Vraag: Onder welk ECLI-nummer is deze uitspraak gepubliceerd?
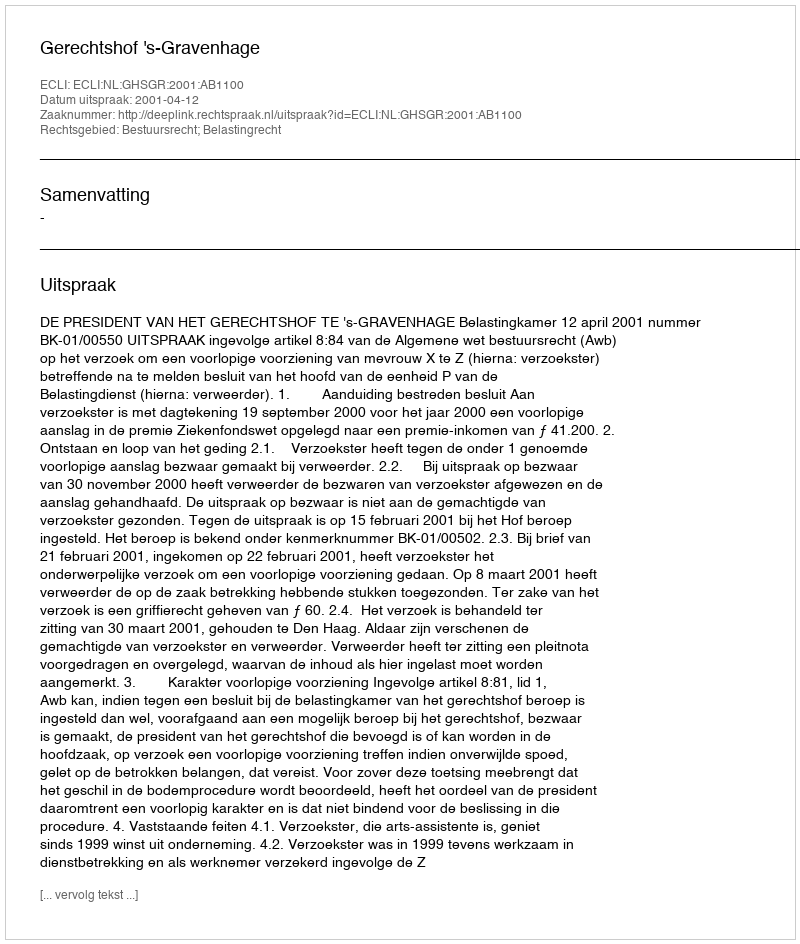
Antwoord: ECLI:NL:GHSGR:2001:AB1100